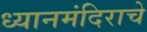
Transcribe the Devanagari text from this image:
ध्यानमंदिराचे